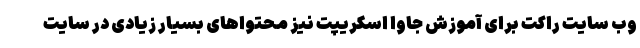
وب سایت راکت برای آموزش جاوا اسکریپت نیز محتواهای بسیار زیادی در سایت